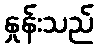
နှုန်းသည်